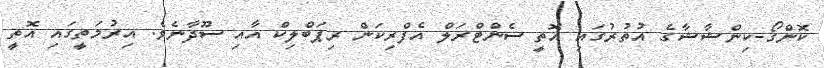
ކޮންގޯ-ކިންޝާޝާގެ އުތުރުގައި އޮތީ ސެންޓްރަލް އެފްރިކަން ރިޕަބްލިކް އާއި ސޫދާނެވެ. އިރުމަތީގައި އޮތީ